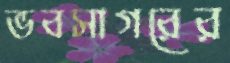
ভবসাগরের